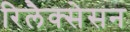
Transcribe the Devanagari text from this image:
रिलैक्सेसन